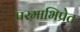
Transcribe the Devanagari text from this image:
परमाभिप्रेत